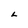
Character: L